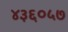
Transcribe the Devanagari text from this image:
४३६०५७